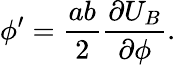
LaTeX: \phi^{\prime}=\frac{ab}{2}\frac{\partial U_{B}}{\partial\phi}.